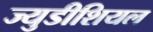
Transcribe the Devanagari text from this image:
ज्युडीशियल